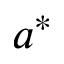
a ^ { * }